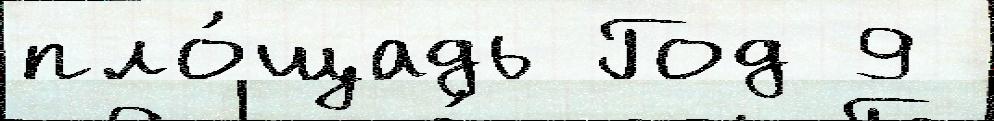
пло́щадь Год 9